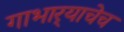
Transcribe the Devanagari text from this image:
गाभार्‍याचेच